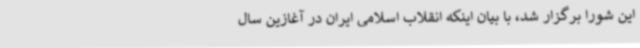
این شورا برگزار شد، با بیان اینکه انقلاب اسلامی ایران در آغازین سال